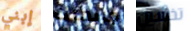
إبني جريمتك تخشين